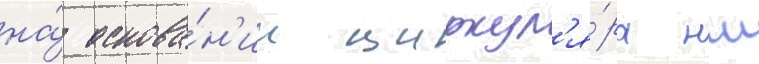
на́ основа́н'ии циркул'я́ра нш